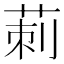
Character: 莿